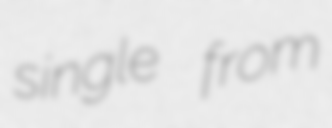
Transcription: single from